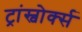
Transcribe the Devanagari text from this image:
ट्रांस्वोर्क्स